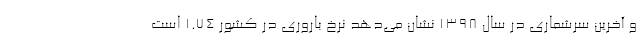
و آخرین سرشماری در سال ۱۳۹۸ نشان می‌دهد نرخ باروری در کشور ۱.۷۴ است